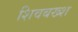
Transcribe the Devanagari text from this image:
शिवबख्श